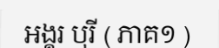
អង្គរ បុរី ( ភាគ១ )